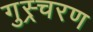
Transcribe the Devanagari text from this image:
गुस्र्चरण